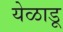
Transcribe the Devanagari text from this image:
येळाडू